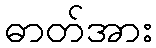
ဓာတ်အား